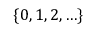
\{ 0 , 1 , 2 , \ldots \}